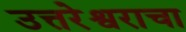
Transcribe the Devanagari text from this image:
उत्तरेश्वराचा